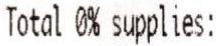
TOTAL 0% SUPPLIES: